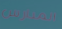
المدارس